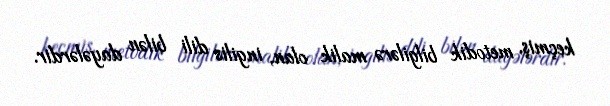
keçmiş, metodik bilgilərə malik olan, ingilis dili bilən dayələrdir.